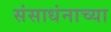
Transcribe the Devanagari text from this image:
संसाधंनाच्या